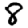
Digit: 8